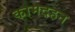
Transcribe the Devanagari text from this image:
कामदहन